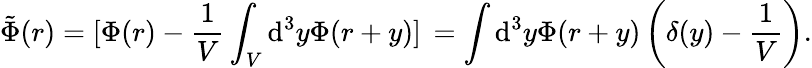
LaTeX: \tilde{\Phi}(r)=[\Phi(r)-\frac{1}{V}\int_{V}\mathrm{d^{3}}y\Phi(r+y)]\, {}=\int\mathrm{d^{3}}y\Phi(r+y)\left(\delta(y)-\frac{1}{V}\right).